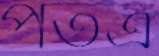
পতত্র